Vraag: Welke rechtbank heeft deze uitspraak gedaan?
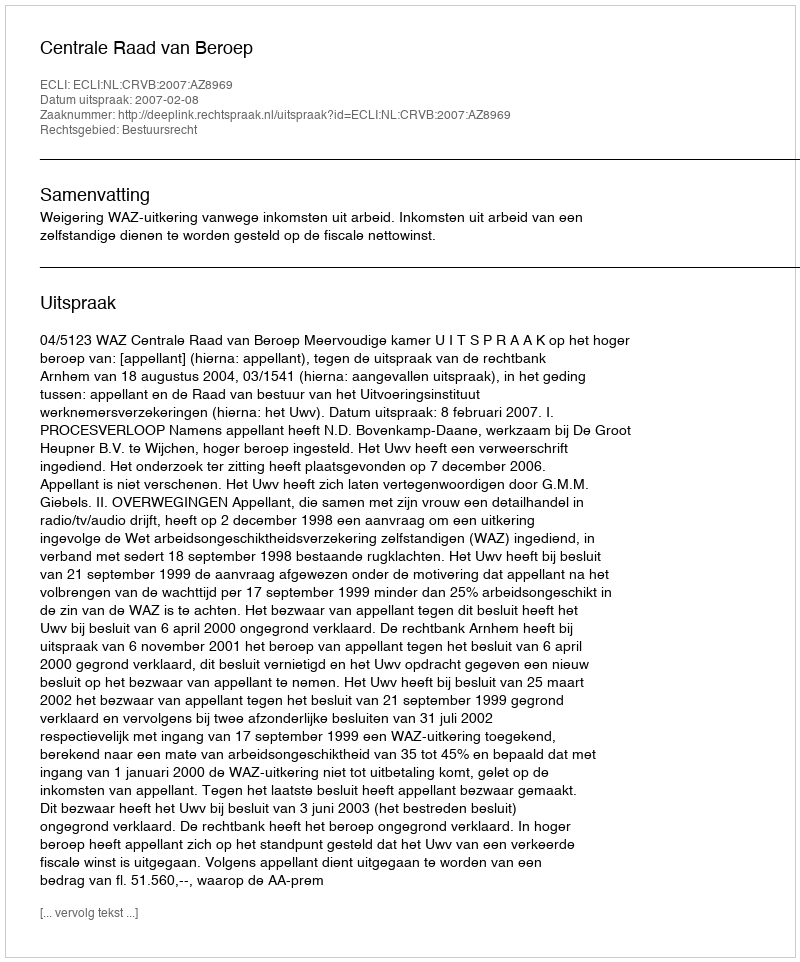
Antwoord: Centrale Raad van Beroep